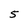
Character: 5